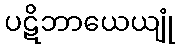
ပဋိဘာယေယျုံ